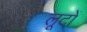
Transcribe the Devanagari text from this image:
लूटों